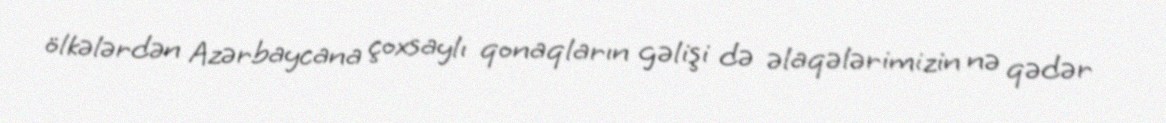
ölkələrdən Azərbaycana çoxsaylı qonaqların gəlişi də əlaqələrimizin nə qədər